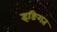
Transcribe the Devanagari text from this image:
इङिगत